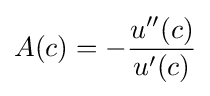
A(c)=-{\frac {u''(c)}{u'(c)}}